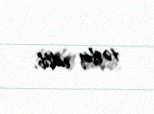
tətbiq edilib.